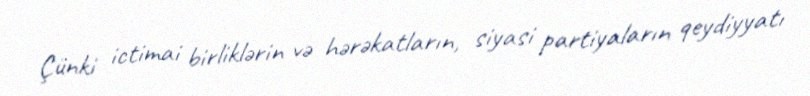
Çünki ictimai birliklərin və hərəkatların, siyasi partiyaların qeydiyyatı